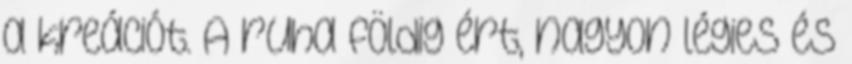
a kreációt. A ruha földig ért, nagyon légies és